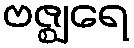
ဗဇ္ဈရေ